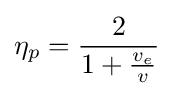
\eta _{p}={\frac {2}{1+{\frac {v_{e}}{v}}}}